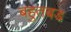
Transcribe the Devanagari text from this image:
बहुतबड